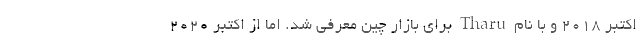
اکتبر 2018 و با نام Tharu برای بازار چین معرفی شد. اما از اکتبر 2020